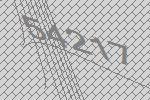
54217